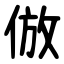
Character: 倣